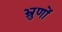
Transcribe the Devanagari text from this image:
भ्रुणों